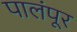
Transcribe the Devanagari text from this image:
पालंपूर